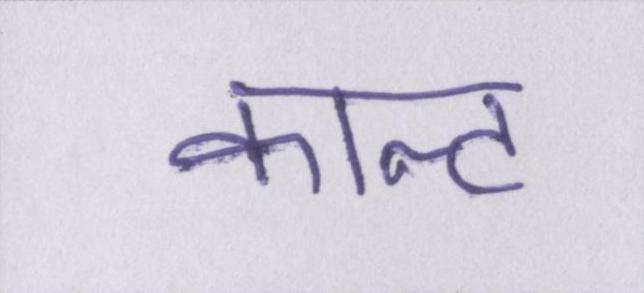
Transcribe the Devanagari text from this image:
कान्ट